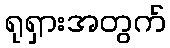
ရုရှားအတွက်